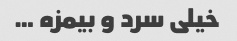
خیلی سرد و بیمزه …